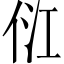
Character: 𰂂